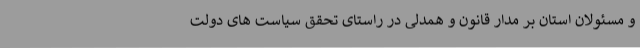
و مسئولان استان بر مدار قانون و همدلی در راستای تحقق سیاست های دولت